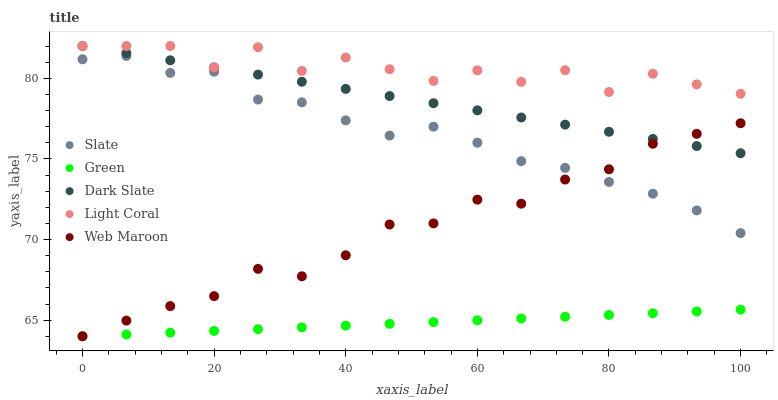
| xaxis_label | Slate | Green | Dark Slate | Light Coral | Web Maroon |
 | --- | --- | --- | --- | --- | --- |
 | 0 | 81.2 | 64 | 82 | 82 | 64 |
 | 6.67 | 81.4 | 64.1 | 81.6 | 82 | 65 |
 | 13.3 | 80.3 | 64.2 | 81.1 | 82 | 65.9 |
 | 20 | 80.4 | 64.3 | 80.7 | 80.7 | 66.5 |
 | 26.7 | 78.7 | 64.4 | 80.2 | 81.9 | 68.2 |
 | 33.3 | 78.5 | 64.6 | 79.8 | 80.5 | 67.7 |
 | 40 | 77.4 | 64.7 | 79.3 | 81.3 | 69 |
 | 46.7 | 76.4 | 64.8 | 78.9 | 80.6 | 70.9 |
 | 53.3 | 77 | 64.9 | 78.5 | 79.8 | 71 |
 | 60 | 76 | 65 | 78 | 80.5 | 72.5 |
 | 66.7 | 74.9 | 65.1 | 77.6 | 79.8 | 72.2 |
 | 73.3 | 74.4 | 65.2 | 77.1 | 80.5 | 73.7 |
 | 80 | 73.6 | 65.3 | 76.7 | 79.1 | 74.4 |
 | 86.7 | 72.8 | 65.4 | 76.2 | 80.3 | 75.9 |
 | 93.3 | 71.8 | 65.5 | 75.8 | 79.6 | 76.6 |
 | 100 | 70.4 | 65.7 | 75.4 | 79 | 77.2 |